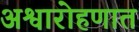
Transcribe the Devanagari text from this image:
अश्वारोहणात